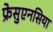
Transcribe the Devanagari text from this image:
फ्रेसुएनसिया